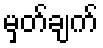
မှတ်ချက်